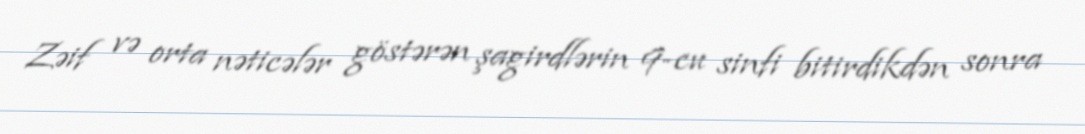
Zəif və orta nəticələr göstərən şagirdlərin 9-cu sinfi bitirdikdən sonra